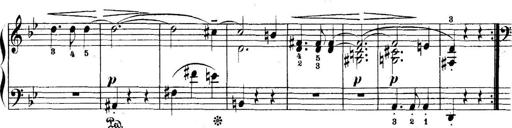
Title: 5 Sonatinas
Composer: Theodor Kirchner